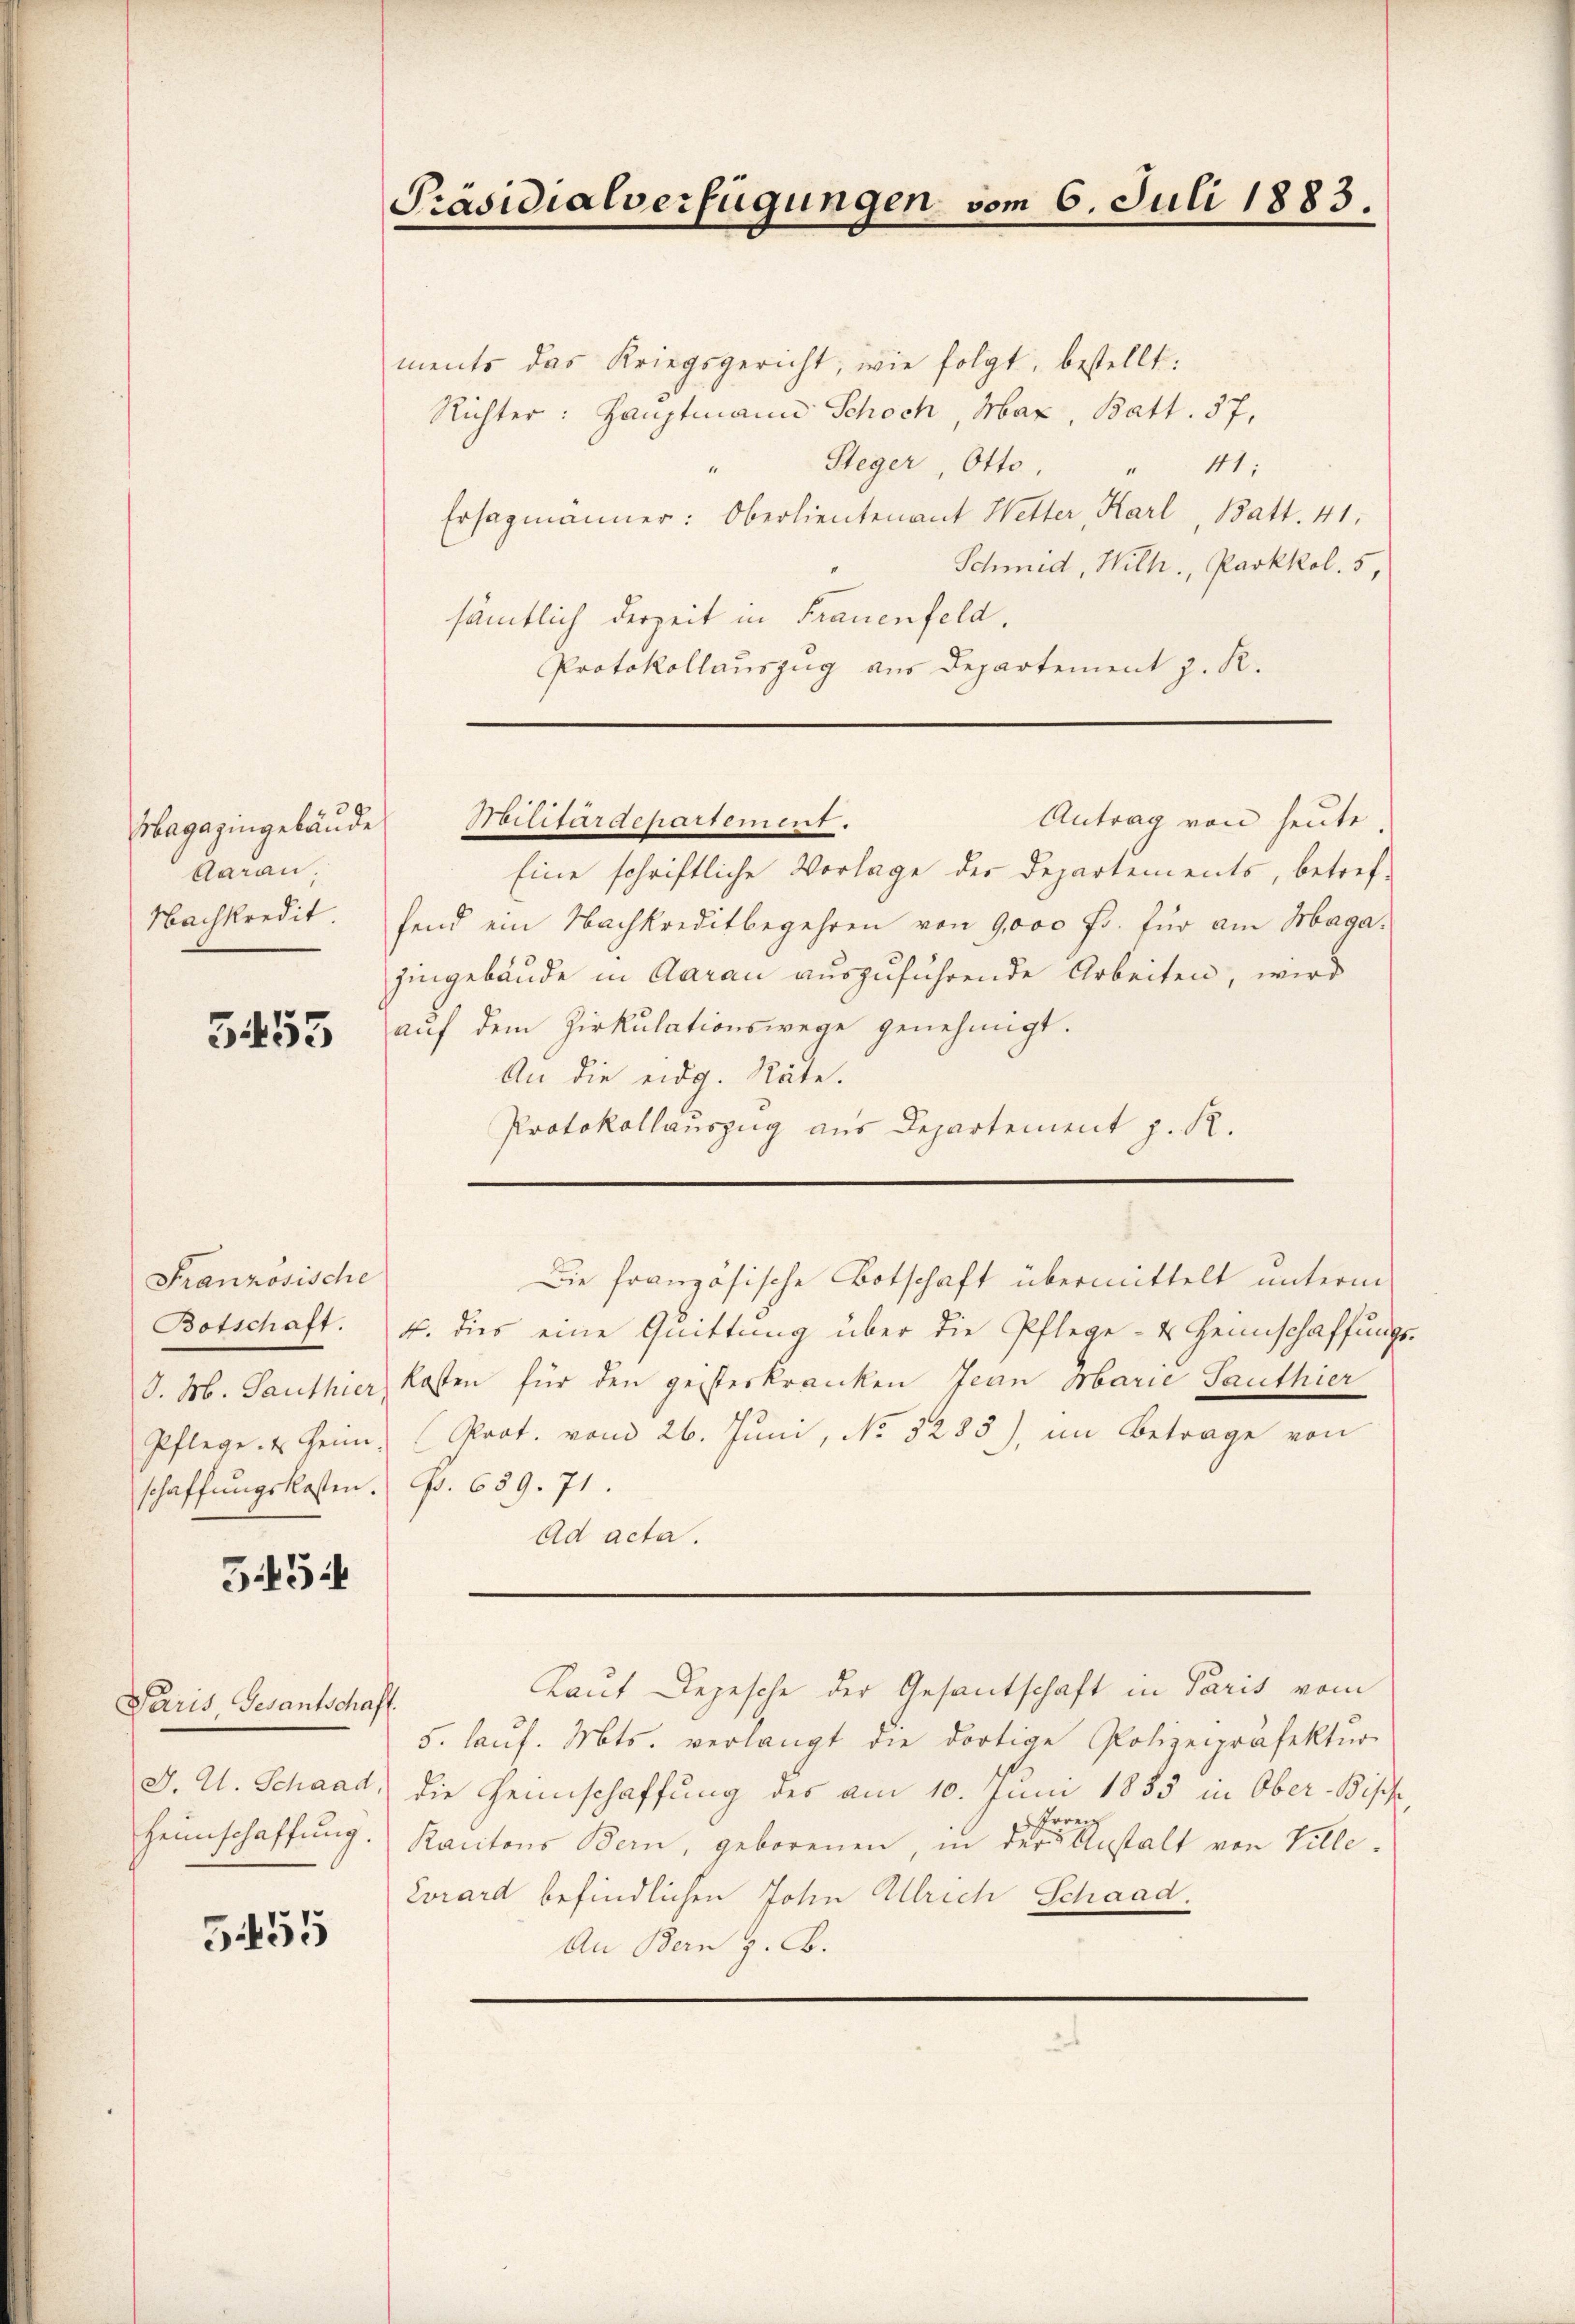
Aarau
Nachkredit.

5455

Französische
Botschaft.

3454

Paris Gesantschaft.

5455

ments das Kriegsgericht, wie folgt, bestellt:
Richter: Hauptmann Schoch, Max, Batt. 37,
Steger Otto,
11;
1
Ersagmänner: Oberlieutenant Wetter Karl, Batt. 41.
Schmid, Wilh., Parkkol. 5,
sämtlich derzeit in Frauenfeld.
Protokollauszug aus Departement z. R.

Präsidialverfügungen vom 6. Juli 1883.

Antrag von heute.
Magazingebäŭde Militärdepartement.
Eine schriftliche Vorlage der Departements, betref-
fend ein Nachkreditbegehren von 9000 Fr. für am Magahingebäude in Aarau auszuführende Arbeiten, wird
aŭf dem Zirkulationswege genehmigt.
An die eidg. Räte.
Protokollauszug aus Departement z. R.
Die französische Botschaft übermittelt unterm
4. dies eine Quittung über die Pflege- & Heimschaffungs
d. M. Santhier Kosten für den geisterkranken Jean Marie Sauthier
Pflege & Heim, (Prot. vom 26. Juni, No 5283), im Betrage von
schaffungskosten. Fr. 659. 71.
Ad acta.

Laut Depesche der Gesantschaft in Paris vom
5. lauf. Mts. verlangt die dortige Polizeipräfektur
J. A. Schaad, die Gennschaffung des am 10. Juni 1855 in Ober-Bipfe
Irrenz
Heimschaffŭng. Kantons Bern, geborenen, in der Anstalt von Ville.
Evrard befindlichen Johen Ulrich Schaad.
An Bern z. B.